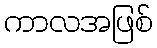
ကာလအဖြစ်